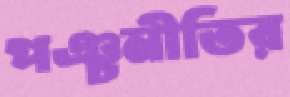
পঞ্চনীতির